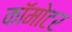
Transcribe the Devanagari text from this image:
कॉमोटर